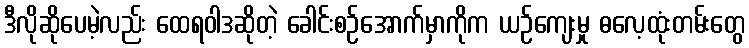
ဒီလိုဆိုပေမဲ့လည်း ထေရဝါဒဆိုတဲ့ ခေါင်းစဉ်အောက်မှာကိုက ယဉ်ကျေးမှု ဓလေ့ထုံးတမ်းတွေ